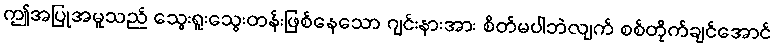
ဤအပြုအမူသည် သွေးရူးသွေးတန်းဖြစ်နေသော ဂျင်းနားအား စိတ်မပါဘဲလျက် စစ်တိုက်ချင်အောင်